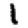
Digit: 1